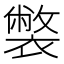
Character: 𧝬